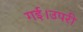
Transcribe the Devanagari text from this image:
गई।उपरी